system: You are a helpful assistant.
user:
Analyze the provided spectrum to determine if it is a **Carbon Star (C-type)**.

- **Key Visual Indicators of Carbon Star:**
    - **(Primary):** Strong molecular absorption from **C₂ (diatomic carbon) "Swan Bands."** This is the **defining feature** of a carbon star.
        - **(Key Bandheads):** Sharp absorption edges are visible at approximately $5635$ Å, $5165$ Å (the strongest band), and $4737$ Å.
        - **(Line Profile):** Creates a distinct **"saw-tooth"** pattern. The key morphology is a sharp, steep bandhead on the **red (long-wavelength) side**, which then gradually tapers off (i.e., flux recovers) towards the **blue (short-wavelength) side**. *(This is the direct opposite of the TiO bands seen in M-type stars)*.

    - **(Secondary):** Intense **CN (cyanogen)** molecular absorption bands.
        - **(Key Bandheads):** Located in the blue and violet regions of the spectrum (e.g., near $4215$ Å and $3883$ Å).
        - **(Morphology):** These bands are extremely broad and act as a "blanket," absorbing the vast majority of blue and violet light. This creates a characteristic **"cliff"** or **"steep drop-off"** in the spectrum's flux at short wavelengths.

    - **(Key Confirmation):** Strong **CH absorption band (G-band)**.
        - **(Key Bandhead):** Located around $4300$ Å. The contribution from CH molecules to this band is exceptionally strong.

    - **(Overall Spectrum):**
        - The continuum is severely "chopped up" by these deep molecular bands, especially C₂, rather than appearing as a smooth curve.
        - Due to the heavy CN and C₂ absorption in the blue-green, the vast majority of the star's flux is concentrated in the red part of the spectrum, giving the star its characteristic deep red color.

Think first, call **spectral_visualization_tool** if needed to examine features in detail, then provide your final answer. Your response must adhere to the following strict rules:
1.  **Overall Structure:** Your response must follow the format `<think>...</think> <tool_call>...</tool_call> (if a tool is used) <answer>...</answer>`.
2.  **Tool Usage Constraint:** You may only make **one** tool call per turn.
3.  **Final Answer Format:** In the `<answer>` tag, your conclusion must be inside a `\boxed{}` command (e.g., `\boxed{YES}`), followed by your justification.

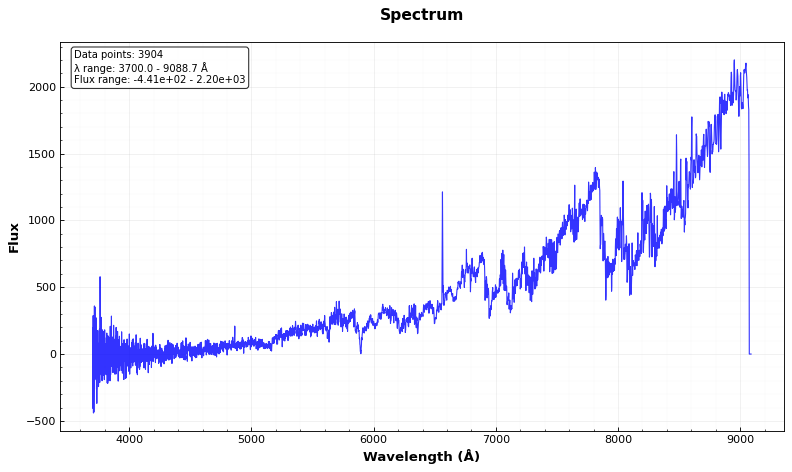
Answer: YES